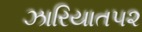
ઝારિયાત૫૨